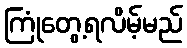
ကြုံတွေ့ရလိမ့်မည်